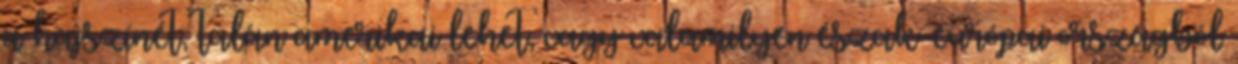
a hajszínét, talán amerikai lehet, vagy valamilyen észak-európai országból